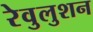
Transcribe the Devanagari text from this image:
रेवुलुशन